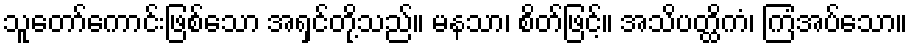
သူတော်ကောင်းဖြစ်သော အရှင်တို့သည်။ မနသာ၊ စိတ်ဖြင့်။ အသိပတ္ထိကံ၊ ကြံအပ်သော။